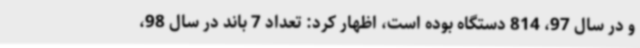
و در سال 97، 814 دستگاه بوده است، اظهار کرد: تعداد 7 باند در سال 98،